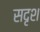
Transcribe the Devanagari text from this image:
सदृश